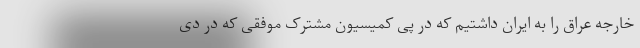
خارجه عراق را به ایران داشتیم که در پی کمیسیون مشترک موفقی که در دی